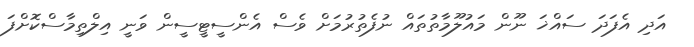
އަދި އެފަދަ ސައްޚަ ނޫން މައުލޫމާތުތައް ނުފެތުރުމަށް ވެސް އެންސީޓީސީން ވަނީ އިލްތިމާސްކޮށްފަ